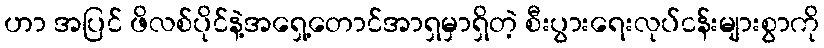
ဟာ အပြင် ဖိလစ်ပိုင်နဲ့အရှေ့တောင်အာရှမှာရှိတဲ့ စီးပွားရေးလုပ်ငန်းများစွာကို